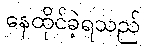
နေထိုင်ခဲ့ရသည်